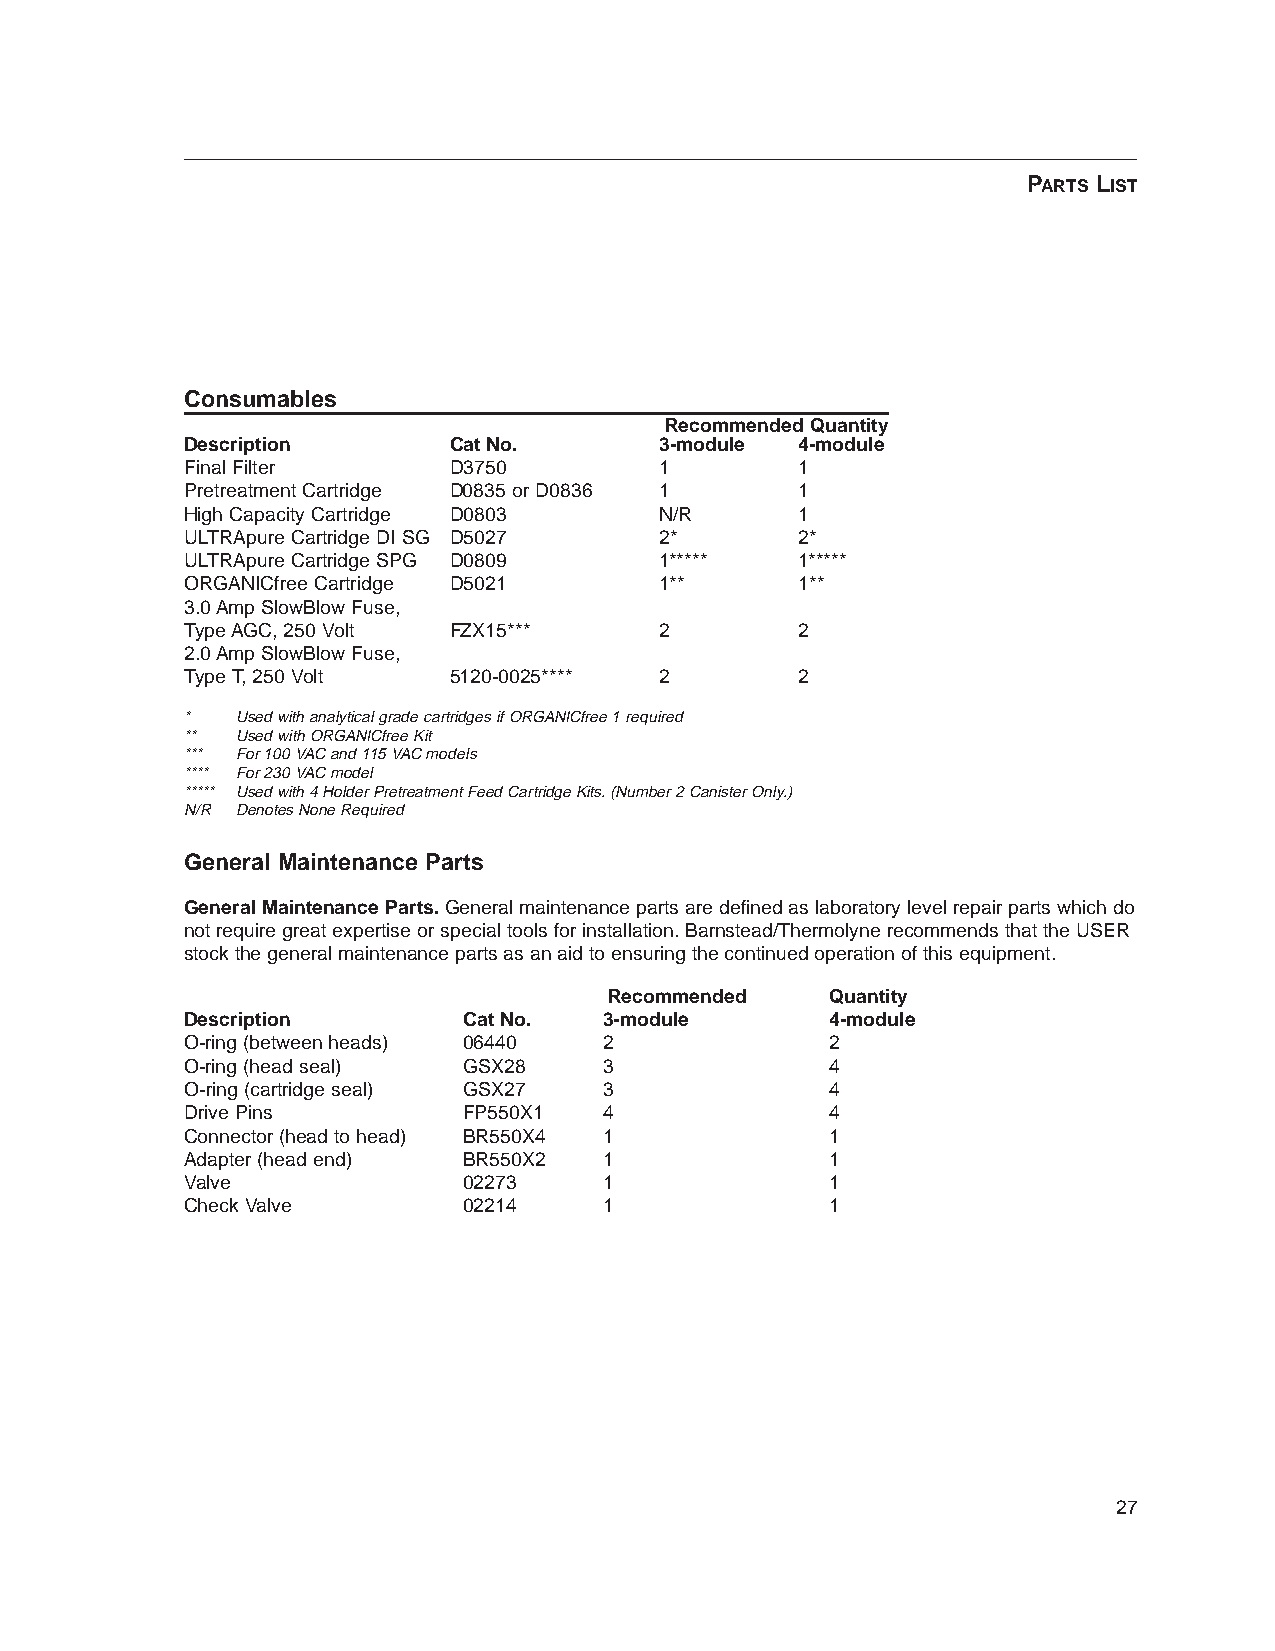
PARTS LIST
 Consumables
 Recommended Quantity
 Description       Cat No.       3-module 4-module
 Final Filter      D3750         1        1
 Pretreatment Cartridge D0835 or D0836 1  1
 High Capacity Cartridge D0803   N/R      1
 ULTRApure Cartridge DI SG D5027 2*       2*
 ULTRApure Cartridge SPG D0809   1*****   1*****
 ORGANICfree Cartridge D5021     1**      1**
 3.0 Amp SlowBlow Fuse,
 Type AGC, 250 Volt FZX15***     2        2
 2.0 Amp SlowBlow Fuse,
 Type T, 250 Volt  5120-0025**** 2        2
 *   Used with analytical grade cartridges if ORGANICfree 1 required
 **  Used with ORGANICfree Kit
 *** For 100 VAC and 115 VAC models
 **** For 230 VAC model
 ***** Used with 4 Holder Pretreatment Feed Cartridge Kits. (Number 2 Canister Only.)
 N/R Denotes None Required
 General Maintenance Parts
 General Maintenance Parts. General maintenance parts are defined as laboratory level repair parts which do
 not require great expertise or special tools for installation. Barnstead/Thermolyne recommends that the USER
 stock the general maintenance parts as an aid to ensuring the continued operation of this equipment.
 Recommended    Quantity
 Description        Cat No.  3-module       4-module
 O-ring (between heads) 06440 2             2
 O-ring (head seal) GSX28    3              4
 O-ring (cartridge seal) GSX27 3            4
 Drive Pins         FP550X1  4              4
 Connector (head to head) BR550X4 1         1
 Adapter (head end) BR550X2  1              1
 Valve              02273    1              1
 Check Valve        02214    1              1
 27